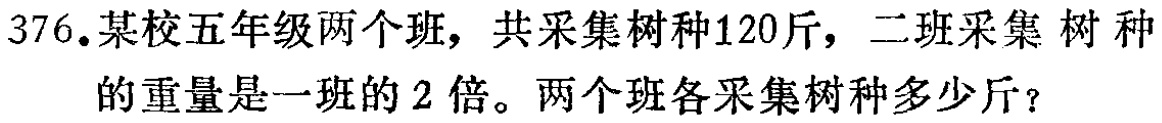
376.某校五年级两个班，共采集树种120斤，二班采集 树 种
的重量是一班的 2 倍。两个班各采集树种多少斤？